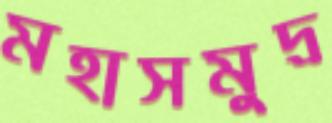
মহাসমুদ্র